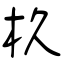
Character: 杦